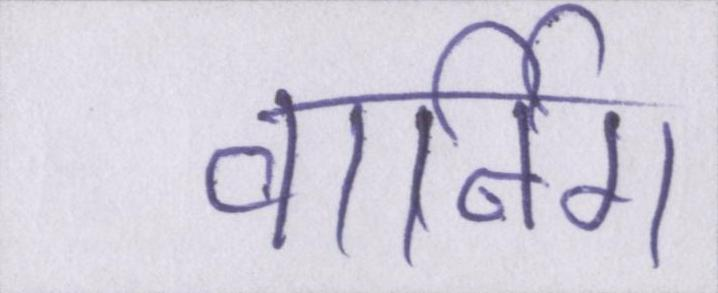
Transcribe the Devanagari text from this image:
वार्निंग